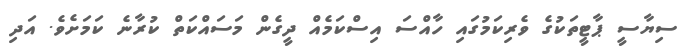
ސިޔާސީ ޕާޓީތަކުގެ ވެރިކަމުގައި ހާއްސަ އިސްކަމެއް ދީގެން މަސައްކަތް ކުރާނެ ކަމަށެވެ. އަދި